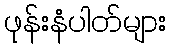
ဖုန်းနံပါတ်များ